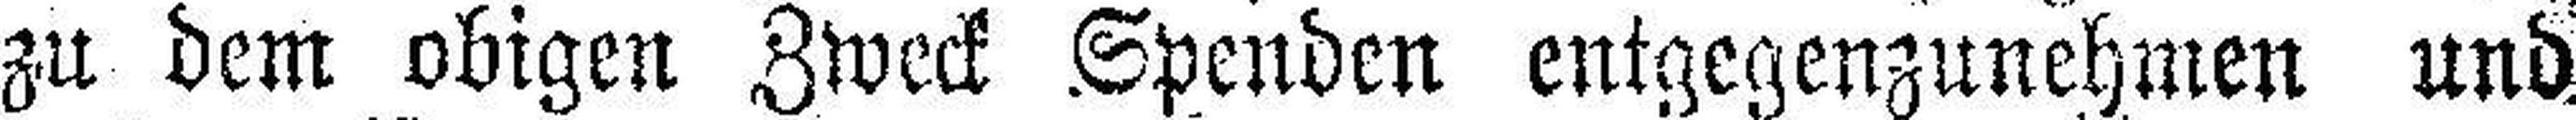
zu dem obigen Zweck Spenden entgegenzunehmen und